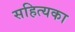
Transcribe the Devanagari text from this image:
सहित्यका